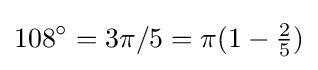
108^{\circ }=3\pi /5=\pi (1-{\tfrac {2}{5}})